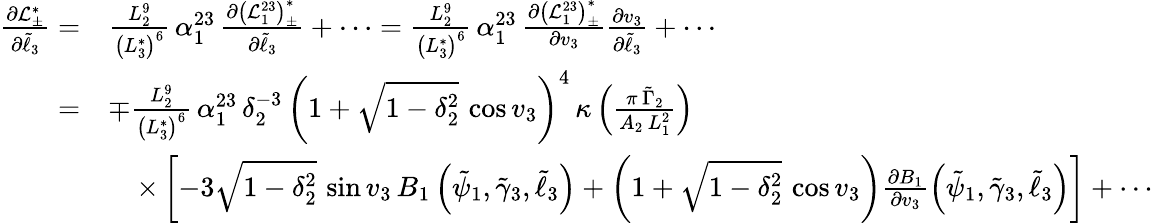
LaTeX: \begin{array}{rl}{\frac{\partial\mathcal{L}_{\pm}^{*}}{\partial\tilde{\ell}_{3}}=}&{\frac{L_{2}^{9}}{\left(L_{3}^{*}\right)^{6}}\, \alpha_{1}^{23}\, \frac{\partial\left(\mathcal{L}_{1}^{23}\right)_{\pm}^{*}}{\partial\tilde{\ell}_{3}}+\cdots=\frac{L_{2}^{9}}{\left(L_{3}^{*}\right)^{6}}\, \alpha_{1}^{23}\, \frac{\partial\left(\mathcal{L}_{1}^{23}\right)_{\pm}^{*}}{\partial v_{3}}\frac{\partial v_{3}}{\partial\tilde{\ell}_{3}}+\cdots}\\ {=}&{\mp\frac{L_{2}^{9}}{\left(L_{3}^{*}\right)^{6}}\, \alpha_{1}^{23}\, \delta_{2}^{-3}\, \left(1+\sqrt{1-\delta_{2}^{2}}\, \cos v_{3}\right)^{4}\, \kappa\left(\frac{\pi\, \tilde{\Gamma}_{2}}{A_{2}\, L_{1}^{2}}\right)}\\ &{\quad\times\left[-3\sqrt{1-\delta_{2}^{2}}\, \sin v_{3}\, B_{1}\left(\tilde{\psi}_{1},\tilde{\gamma}_{3},\tilde{\ell}_{3}\right)+\left(1+\sqrt{1-\delta_{2}^{2}}\, \cos v_{3}\right)\frac{\partial B_{1}}{\partial v_{3}}\left(\tilde{\psi}_{1},\tilde{\gamma}_{3},\tilde{\ell}_{3}\right)\right]+\cdots}\end{array}